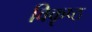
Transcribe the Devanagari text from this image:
विकृष्ठ